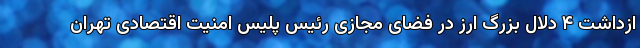
ازداشت ۴ دلال بزرگ ارز در فضای مجازی رئیس پلیس امنیت اقتصادی تهران